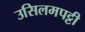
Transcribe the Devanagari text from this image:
उसिलमपट्टी